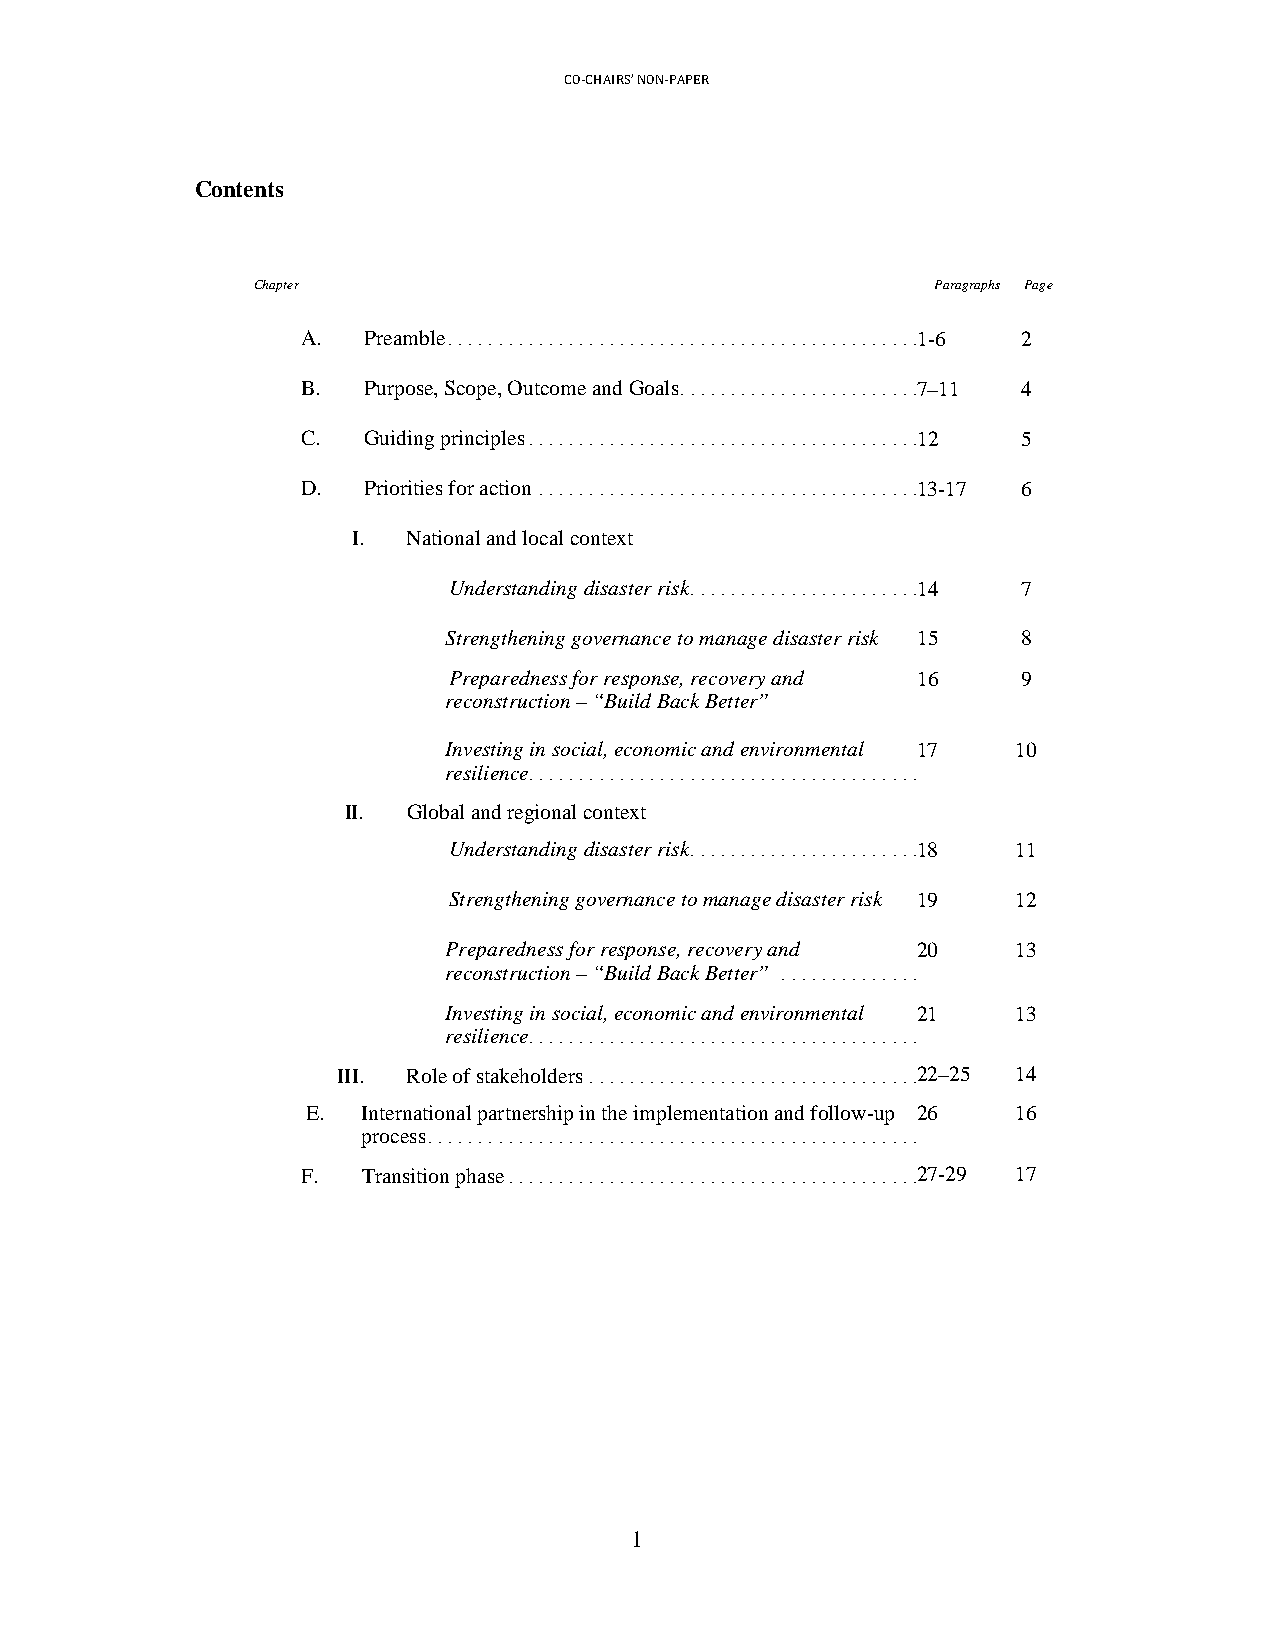
CO-CHAIRS’ NON-PAPER
 Contents
 Chapter                                      Paragraphs Page
 A.  Preamble ...............................................1.-.6. ...... 2
 B.  Purpose, Scope, Outcome and Goals ........................7.–.1.1. .... 4
 C.  Guiding principles .......................................1.2. ....... 5
 D.  Priorities for action ......................................1.3.-.1.7. .. 6
 I.  National and local context
 Understanding disaster risk .......................1.4. ....... 7
 Strengthening governance to manage disaster risk 15 8
 Preparedness for response, recovery and 16 9
 reconstruction – “Build Back Better”
 Investing in social, economic and environmental 17 10
 resilience................................................
 II. Global and regional context
 Understanding disaster risk .......................1.8. ....... 11
 Strengthening governance to manage disaster risk 19 12
 Preparedness for response, recovery and 20 13
 reconstruction – “Build Back Better” .......................
 Investing in social, economic and environmental 21 13
 resilience................................................
 III. Role of stakeholders .................................2.2.–.2.5. .... 14
 E.  International partnership in the implementation and follow-up 26 16
 process ..........................................................
 F.  Transition phase .........................................2.7.-.2.9. .... 17
 1